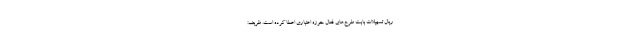
ریال تسهیلات بابت طرح‌های فعال حوزه اعتباری اعطا کرده است. ظریف: